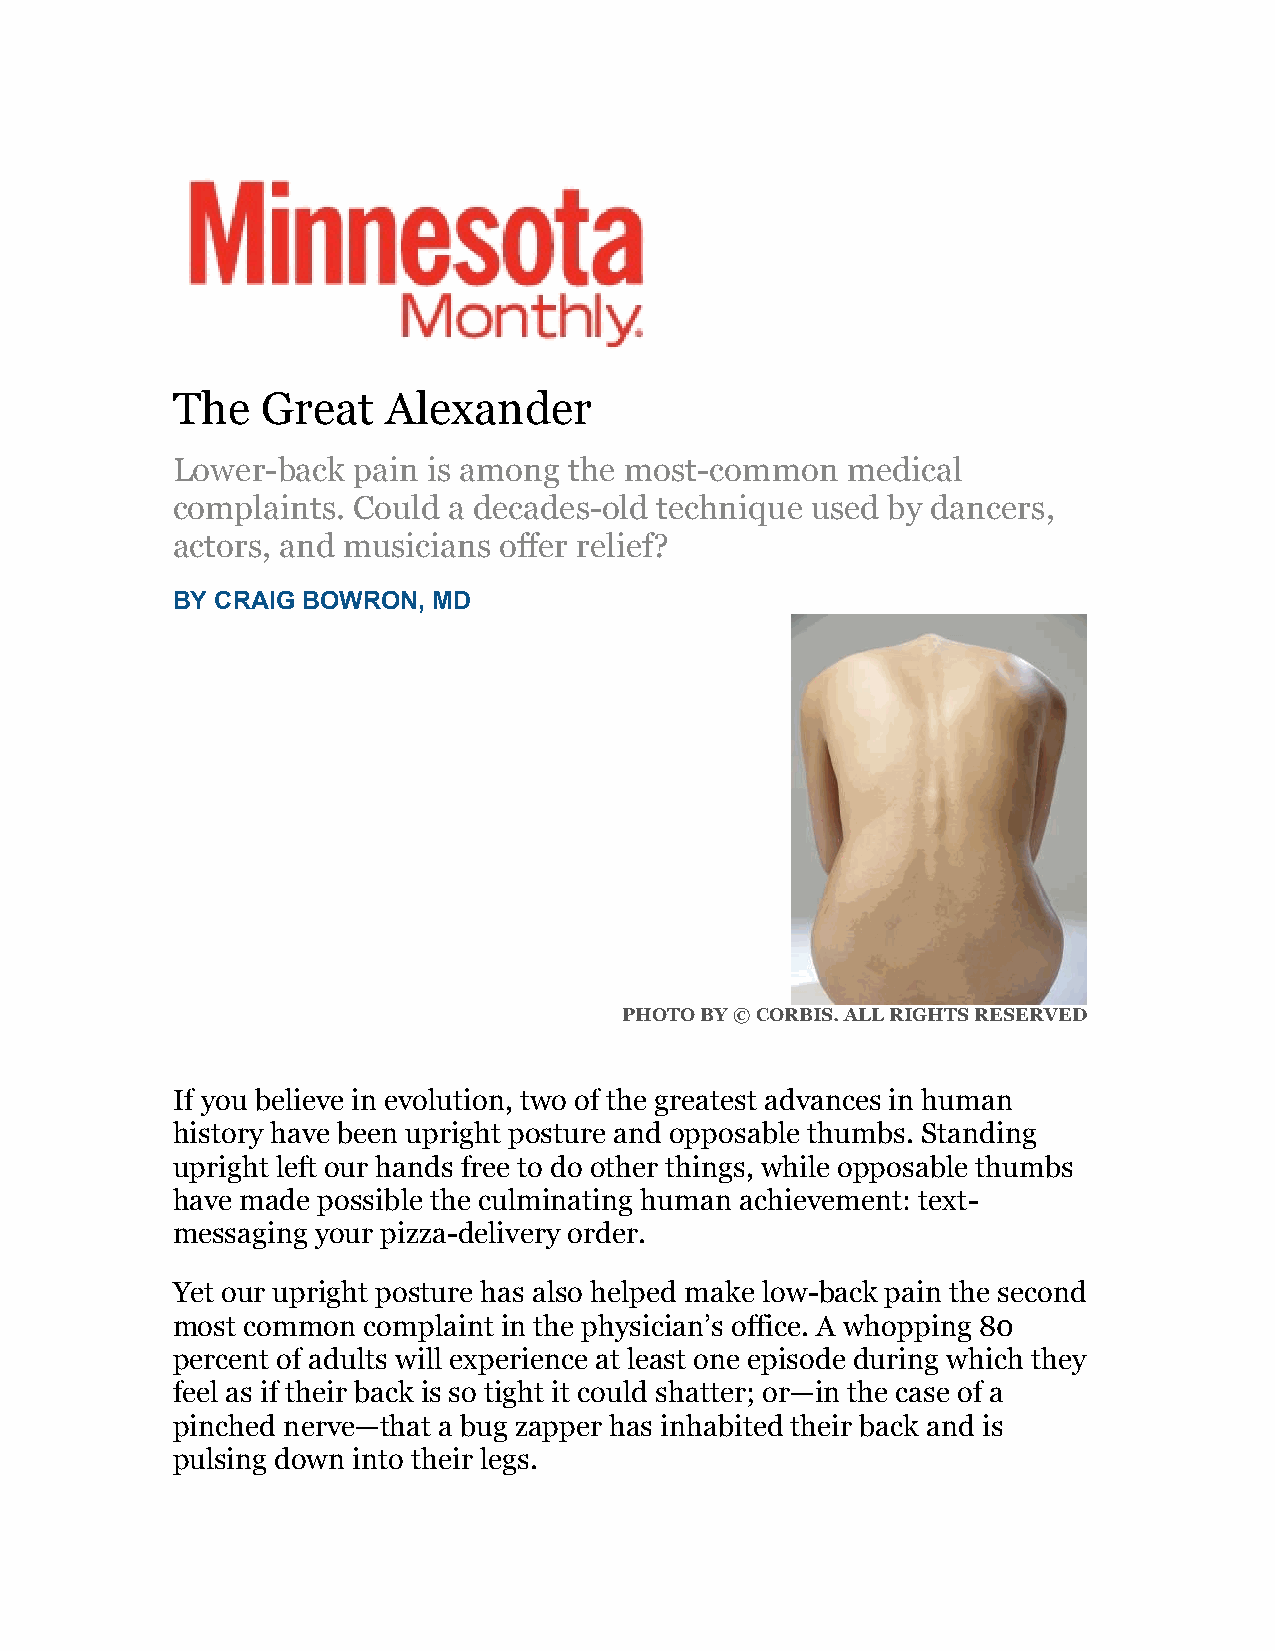
The   Great    Alexander
 Lower-back  pain is among  the most-common   medical
 complaints. Could  a decades-old technique used by dancers,
 actors, and musicians offer relief?
 BY CRAIG BOWRON,  MD
 PHOTO BY © CORBIS. ALL RIGHTS RESERVED
 If you believe in evolution, two of the greatest advances in human
 history have been upright posture and opposable thumbs. Standing
 upright left our hands free to do other things, while opposable thumbs
 have made possible the culminating human achievement: text-
 messaging your pizza-delivery order.
 Yet our upright posture has also helped make low-back pain the second
 most common  complaint in the physician’s office. A whopping 80
 percent of adults will experience at least one episode during which they
 feel as if their back is so tight it could shatter; or—in the case of a
 pinched nerve—that a bug zapper has inhabited their back and is
 pulsing down into their legs.